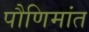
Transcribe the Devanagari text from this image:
पौणिमांत